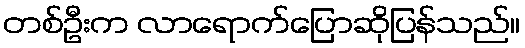
တစ်ဦးက လာရောက်ပြောဆိုပြန်သည်။